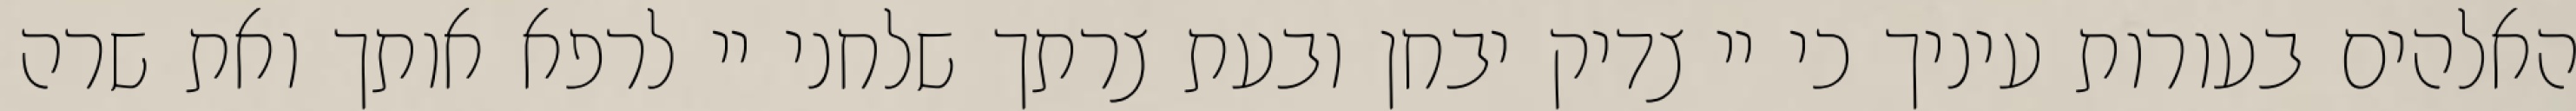
האלהים בעורות עיניך כי יי צדיק יבחן ובעת צרתך שלחני יי לרפא אותך ואת שרה